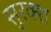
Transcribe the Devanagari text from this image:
सुरक्श